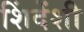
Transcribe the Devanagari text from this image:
शिंदेंशी